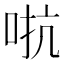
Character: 𫩽